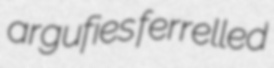
argufies ferrelled